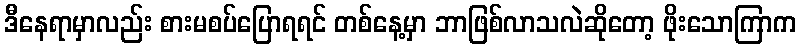
ဒီနေရာမှာလည်း စားမစပ်ပြောရရင် တစ်နေ့မှာ ဘာဖြစ်လာသလဲဆိုတော့ ဖိုးသောကြာက